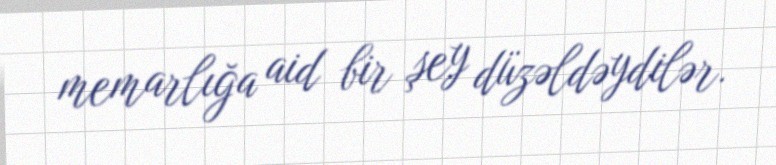
memarlığa aid bir şey düzəldəydilər.